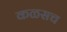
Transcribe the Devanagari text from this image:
कळसच